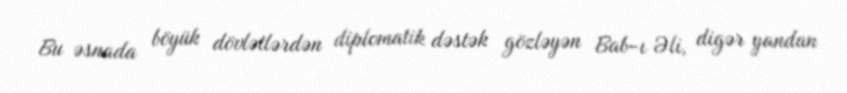
Bu əsnada böyük dövlətlərdən diplomatik dəstək gözləyən Bab-ı Əli, digər yandan